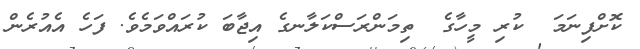
ކޮށްފިނަމަ  ކުރި މީހާގެ  ތިމަންރަސްކަލާނގެ އިޖާބަ ކުރައްވަމެވެ. ފަހެ އެއުރެން